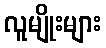
လူမျိုးများ